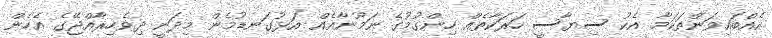
އެއްބައިވަންތަކަމާ އެކު ސިޔާސީ ހަރަކާތެއް ހިންގުމުގެ ނަމޫނާއެއް އަޅުގަނޑުމެން މިދަނީ ދިވެހިރާއްޖޭގެ އެހެން